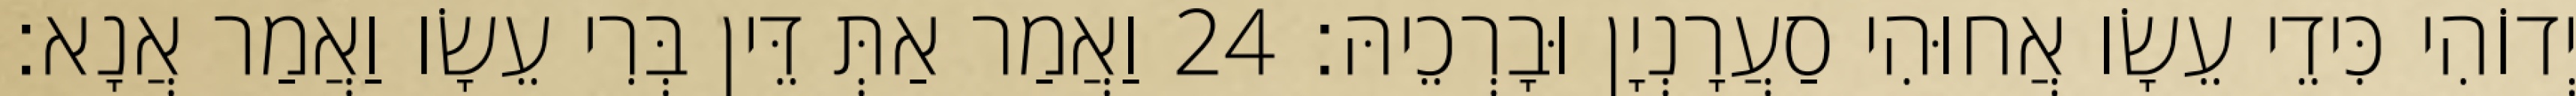
יְדוֹהִי כִּידֵי עֵשָׂו אֲחוּהִי סַעֲרָנְיָן וּבָרְכֵיהּ׃ 24 וַאֲמַר אַתְּ דֵּין בְּרִי עֵשָׂו וַאֲמַר אֲנָא׃